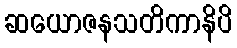
ဆယောဇနသတိကာနိပိ